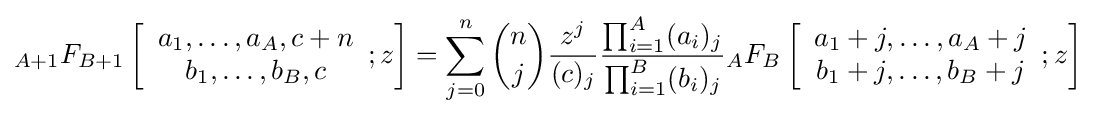
{}_{A+1}F_{B+1}\left[{\begin{array}{c}a_{1},\ldots ,a_{A},c+n\\b_{1},\ldots ,b_{B},c\end{array}};z\right]=\sum _{j=0}^{n}{\binom {n}{j}}{\frac {z^{j}}{(c)_{j}}}{\frac {\prod _{i=1}^{A}(a_{i})_{j}}{\prod _{i=1}^{B}(b_{i})_{j}}}{}_{A}F_{B}\left[{\begin{array}{c}a_{1}+j,\ldots ,a_{A}+j\\b_{1}+j,\ldots ,b_{B}+j\end{array}};z\right]